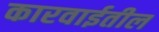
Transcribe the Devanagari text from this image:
कारवाईतील